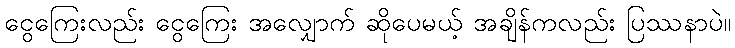
ငွေကြေးလည်း ငွေကြေး အလျှောက် ဆိုပေမယ့် အချိန်ကလည်း ပြဿနာပဲ။